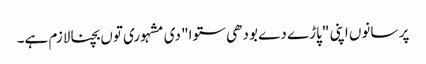
پر سانوں اپنی "پاڑے دے بودھی ستوا" دی مشہوری توں بچنا لازم ہے۔